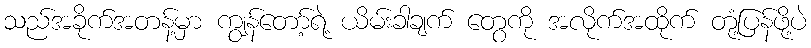
သည်အခိုက်အတန့်မှာ ကျွန်တော့်ရဲ့ ယိမ်းခါချက် တွေကို အလိုက်အထိုက် တုံ့ပြန်ဖို့ပဲ